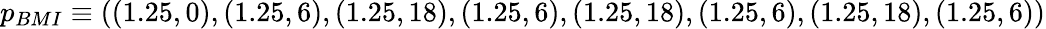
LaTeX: p_{BMI}\equiv((1.25,0),(1.25,6),(1.25,18),(1.25,6),(1.25,18),(1.25,6),(1.25,18),(1.25,6))